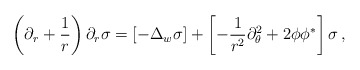
\begin{align*}\left( \partial_r +\frac 1r \right) \partial_r \sigma =\left[ -\Delta_w \sigma \right] +\left[ - \frac 1{r^2}\partial_\theta^2 + 2\phi\phi^* \right]\sigma\,,\end{align*}